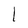
Character: 1